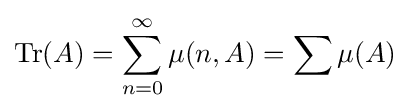
{\rm {Tr}}(A)=\sum _{n=0}^{\infty }\mu (n,A)=\sum \mu (A)